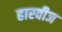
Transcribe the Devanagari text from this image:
हारवीज